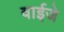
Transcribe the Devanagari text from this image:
वाईजे